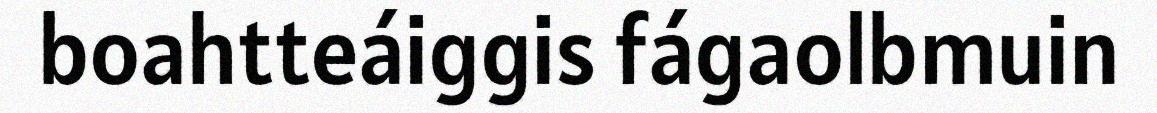
boahtteáiggis fágaolbmuin